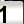
Digit: 1